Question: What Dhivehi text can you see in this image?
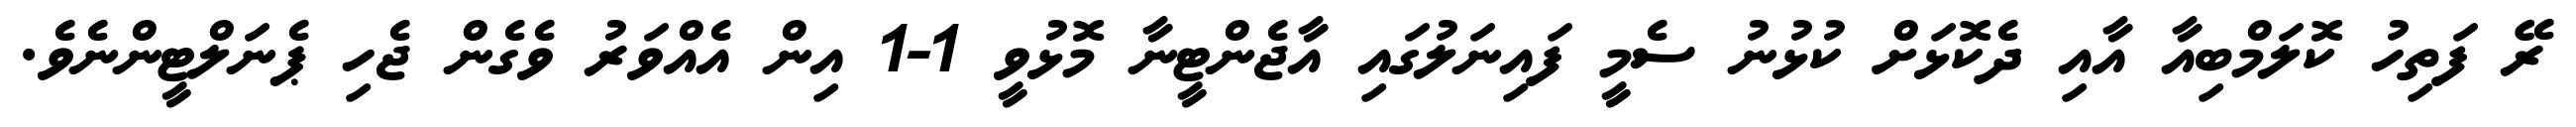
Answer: ރޭ ފަތިހު ކޮލަމްބިއާ އާއި ދެކޮޅަށް ކުޅުނު ސެމީ ފައިނަލުގައި އާޖެންޓީނާ މޮޅުވީ 1-1 އިން އެއްވަރު ވެގެން ޖެހި ޕެނަލްޓީންނެވެ.